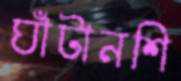
ঘাঁটানশি